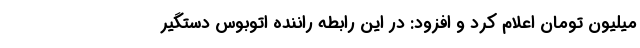
میلیون تومان اعلام کرد و افزود: در این رابطه راننده اتوبوس دستگیر